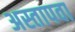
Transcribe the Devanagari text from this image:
अस्तापवा